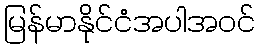
မြန်မာနိုင်ငံအပါအဝင်